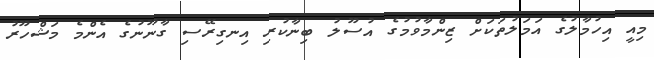
މިއީ އިހުމާލުގެ އަމަލުތަކަށް ޒިންމާވުމުގެ އުސޫލު ބިނާކުރި އިނގިރޭސި ގާނޫނުގެ އެންމެ މަޝްހޫރު